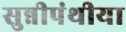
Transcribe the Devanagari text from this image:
सुन्नीपंथीया